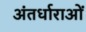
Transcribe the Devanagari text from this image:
अंतर्धाराओं